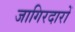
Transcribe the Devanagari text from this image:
जागिरदारों